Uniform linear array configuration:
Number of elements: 16
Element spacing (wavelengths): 1
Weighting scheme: exponential
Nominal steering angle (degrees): -60
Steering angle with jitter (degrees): -61.32
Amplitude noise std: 0.05
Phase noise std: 0.05

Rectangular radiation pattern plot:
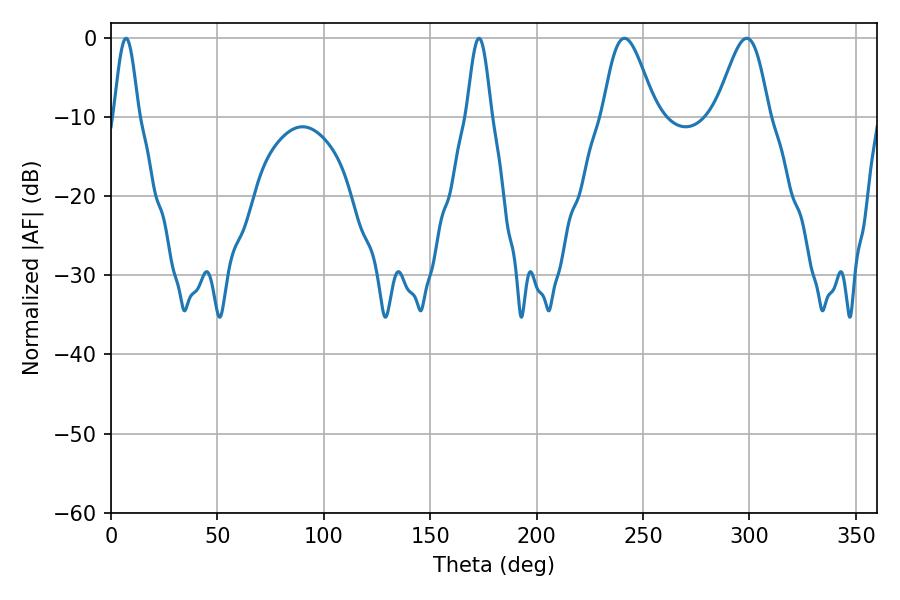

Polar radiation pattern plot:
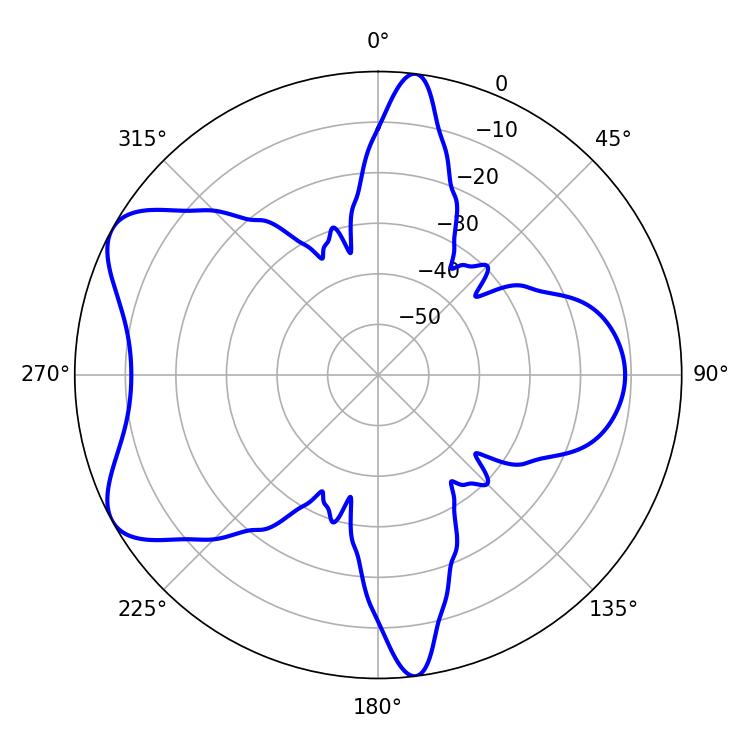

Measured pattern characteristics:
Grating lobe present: TRUE
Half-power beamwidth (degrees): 13.14
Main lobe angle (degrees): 241.2